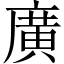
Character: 廣